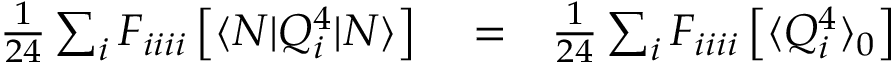
\begin{array} { r l r } { \frac { 1 } { 2 4 } \sum _ { i } F _ { i i i i } \left[ \langle N | Q _ { i } ^ { 4 } | N \rangle \right] } & { { } = } & { \frac { 1 } { 2 4 } \sum _ { i } F _ { i i i i } \left[ \langle { Q _ { i } ^ { 4 } } \rangle _ { 0 } \right] } \end{array}